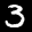
Label: 3